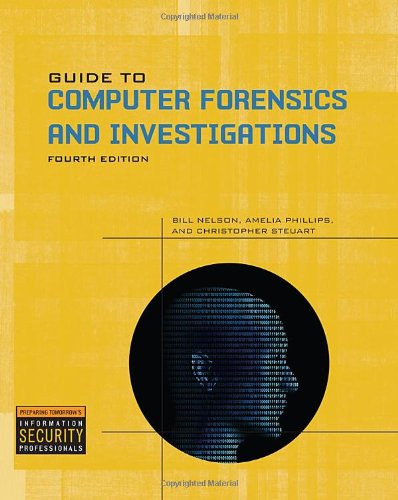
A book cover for Guide to Computer Forensics and Investigations (Book & CD); Bill Nelson; Computers & Technology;